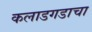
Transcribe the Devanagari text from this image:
कलाडगडाचा